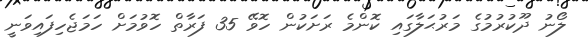
ލޯނު ދޫކުރުމުގެ މަރުޙަލާގައި ކޮންމެ ރަށަކުން ހޮވޭ 35 ފަރާތް ހޮވުމަށް ހަމަޖެހިފައިވަނީ